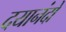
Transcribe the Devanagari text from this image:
दयानंदो